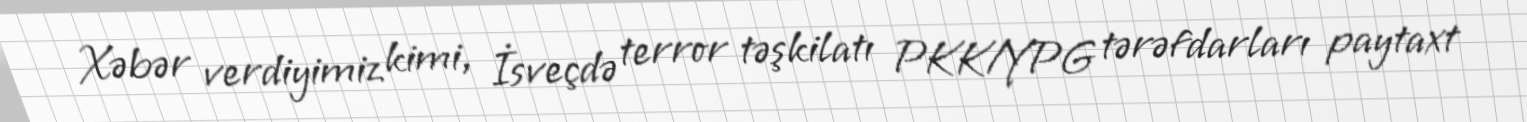
Xəbər verdiyimiz kimi, İsveçdə terror təşkilatı PKK/YPG tərəfdarları paytaxt